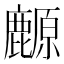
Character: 䴨